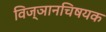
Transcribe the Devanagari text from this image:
विज्ञानचिषयक